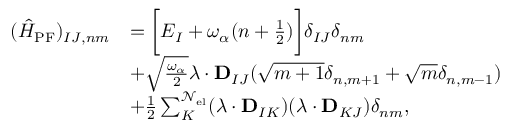
\begin{array} { r l } { ( \hat { H } _ { \mathrm { P F } } ) _ { I J , n m } } & { = \bigg [ E _ { I } + \omega _ { \alpha } ( n + \frac { 1 } { 2 } ) \bigg ] \delta _ { I J } \delta _ { n m } } \\ & { + \sqrt { \frac { \omega _ { \alpha } } { 2 } } \boldsymbol { \lambda } \cdot \mathbf { D } _ { I J } ( \sqrt { m + 1 } \delta _ { n , m + 1 } + \sqrt { m } \delta _ { n , m - 1 } ) } \\ & { + \frac { 1 } { 2 } \sum _ { K } ^ { \mathcal { N } _ { \mathrm { e l } } } ( \boldsymbol { \lambda } \cdot \mathbf { D } _ { I K } ) ( \boldsymbol { \lambda } \cdot \mathbf { D } _ { K J } ) \delta _ { n m } , } \end{array}